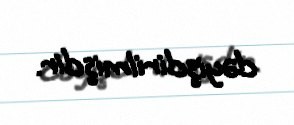
dəyişdirilmişdir.